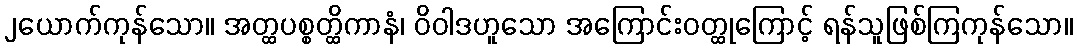
၂ယောက်ကုန်သော။ အတ္ထပစ္စတ္ထိကာနံ၊ ဝိဝါဒဟူသော အကြောင်းဝတ္ထုကြောင့် ရန်သူဖြစ်ကြကုန်သော။